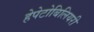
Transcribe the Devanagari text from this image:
हेपेटोबिलियरी